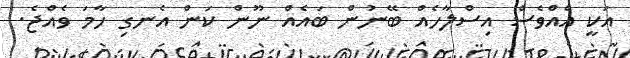
އަކީ އެއްވެސް އިސްލާހެއް ބޭނުން ބައެއް ނޫން ކަން އެނގި ހާމަ ވެއްޖެ.